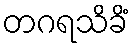
တဂရသိခိံ